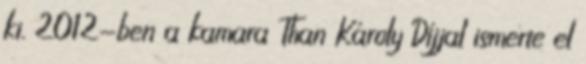
ki. 2012-ben a kamara Than Károly Díjjal ismerte el